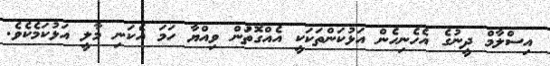
އިސްލާމް ދީނުގެ އެހެނިހެން އަޅުކަންތަކަކީ އެއްގޮތަުން ވިއްޔާ ހަމަ އެކަނި މާލީ އަޅުކަމެކެވެ.